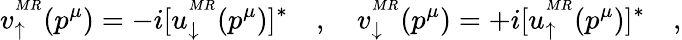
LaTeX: v_{\uparrow}^{^{MR}}(p^{\mu})=-i[u_{\downarrow}^{^{MR}}(p^{\mu})]^{\ast}\quad,\quad v_{\downarrow}^{^{MR}}(p^{\mu})=+i[u_{\uparrow}^{^{MR}}(p^{\mu})]^{\ast}\quad,